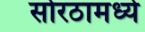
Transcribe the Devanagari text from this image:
सोरठामध्ये